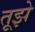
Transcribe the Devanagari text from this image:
तूझे